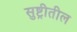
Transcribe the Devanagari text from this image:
सुष्ट्रीतील